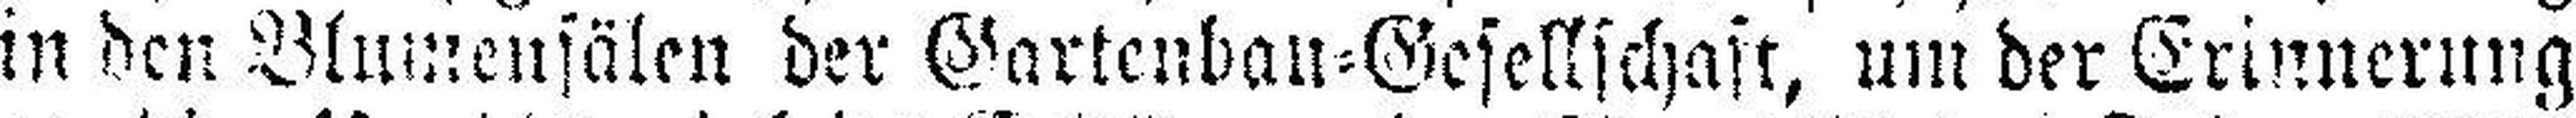
in den Blumensälen der Gartenbau=Gesellschaft, um der Erinnerung